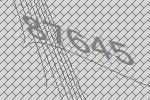
87645